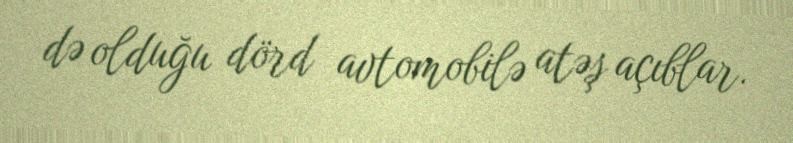
də olduğu dörd avtomobilə atəş açıblar.